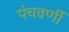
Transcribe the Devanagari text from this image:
पंचवर्णी